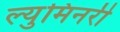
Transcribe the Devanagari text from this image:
ल्युमिनरी